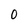
Character: 0